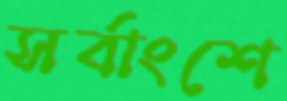
সর্বাংশে